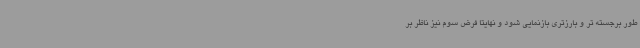
طور برجسته تر و بارزتری بازنمایی شود و نهایتا فرض سوم نیز ناظر بر